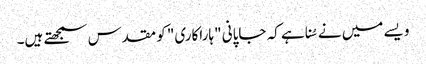
ویسے میں نے سُنا ہے کہ جاپانی "ہاراکاری" کو مقدس سمجھتے ہیں۔